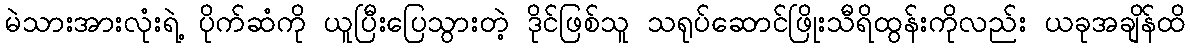
မဲသားအားလုံးရဲ့ ပိုက်ဆံကို ယူပြီးပြေသွားတဲ့ ဒိုင်ဖြစ်သူ သရုပ်ဆောင်ဖြိုးသီရိထွန်းကိုလည်း ယခုအချိန်ထိ